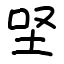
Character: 𡊙